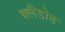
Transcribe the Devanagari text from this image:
क्लैडोड